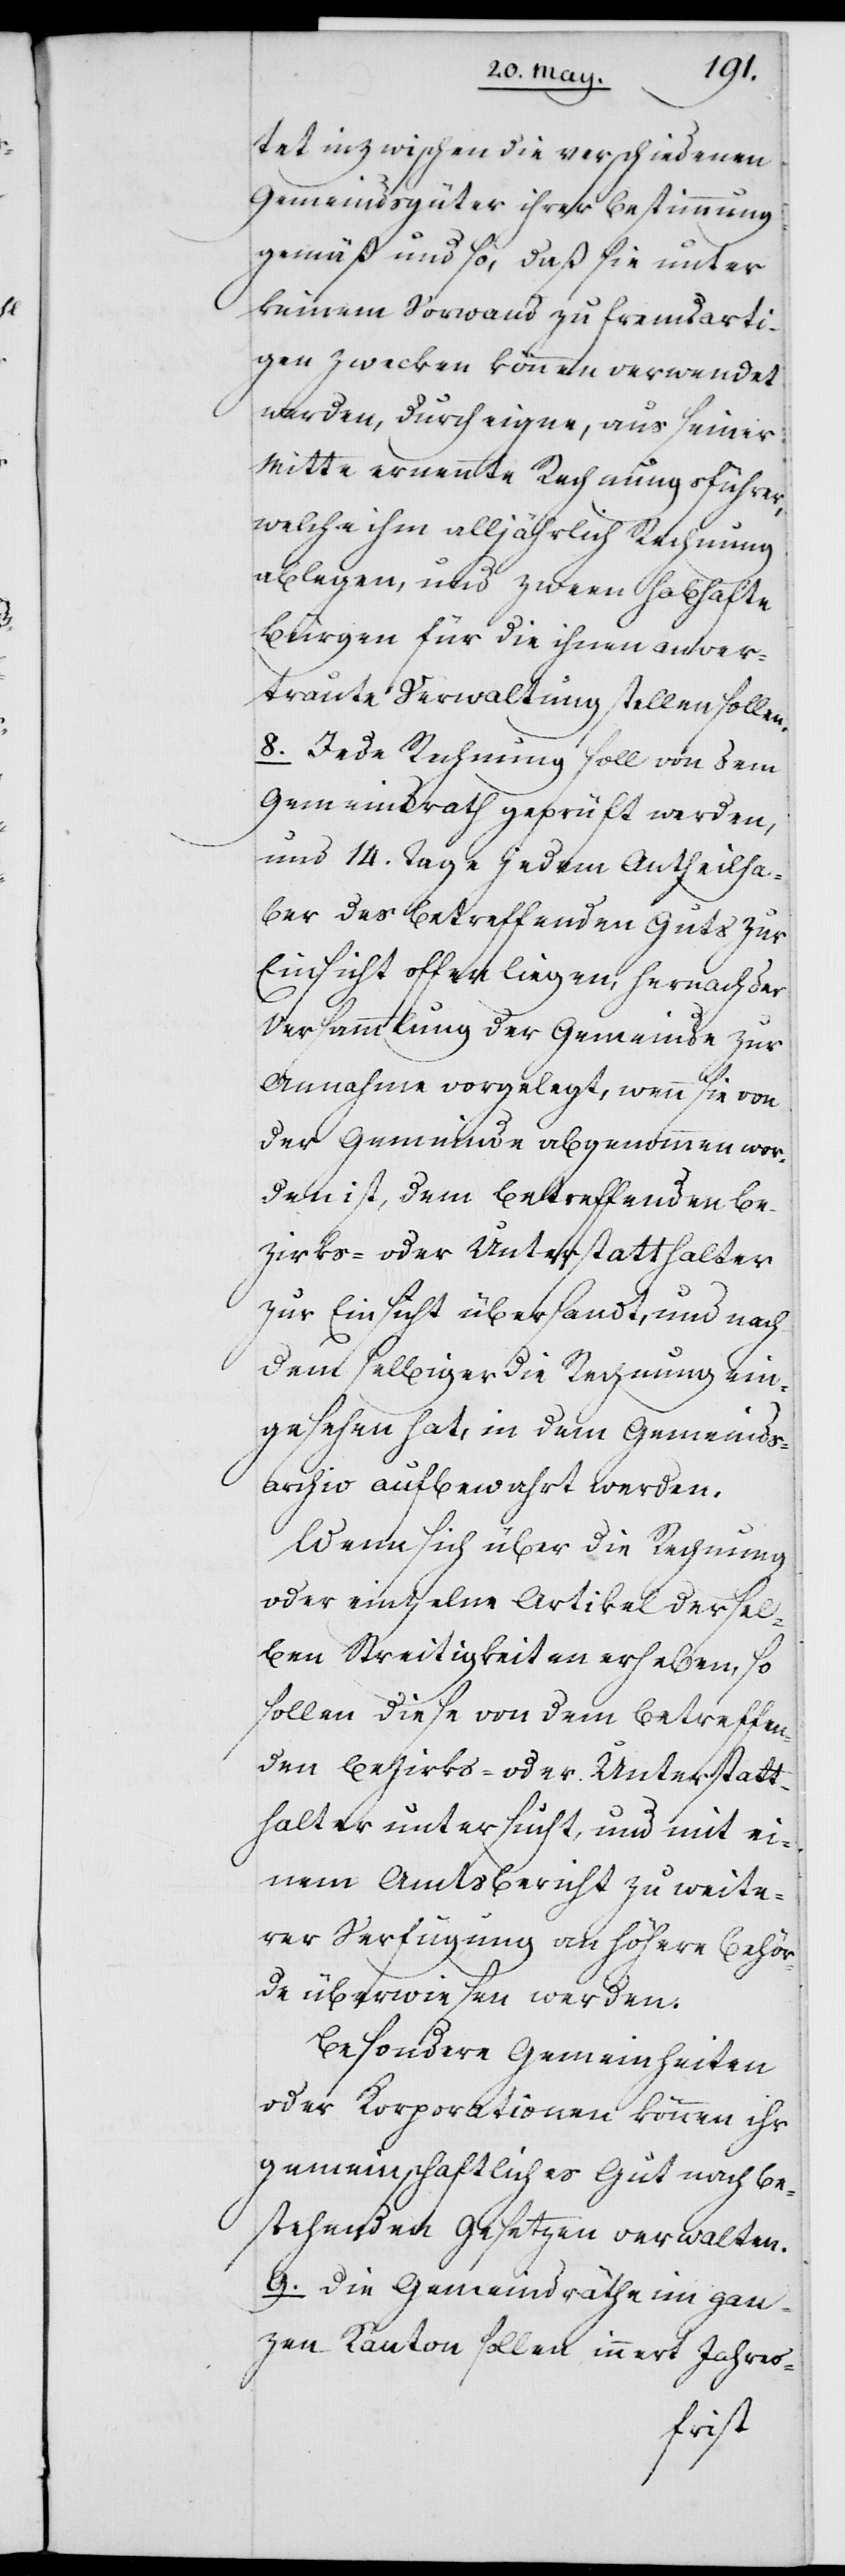
tet inzwischen die verschiedenen
Gemeindsgüter ihrer Bestimmung
gemäß und so, daß sie unter
keinem Vorwand zu fremdarti¬
gen Zwecken können verwendet
werden, durch eigne, aus seiner
Mitte ernennte Rechnungsführer,
welche ihm alljährlich Rechnung
ablegen und zween habhafte
Bürgen für die ihnen anver¬
traute Verwaltung stellen sollen.
8. Jede Rechnung soll von dem
Gemeindrat geprüft werden,
und 14. Tage jedem Antheilha¬
ber des betreffenden Guts zur
Einsicht offen liegen, hernach der
Versammlung der Gemeinde zur
Anahme vorgelegt, wenn sie von
der Gemeinde abgenommen wor¬
den ist, dem betreffenden Be¬
zirks- oder Unterstatthalter
zur Einsicht übersandt, und nach¬
dem selbiger die Rechnung ein¬
gesehen hat, in dem Gemeinds¬
archiv aufbewahrt werden.
Wenn sich über die Rechnung
oder einzelne Artikel dersel¬
ben Streitigkeiten erheben, so
sollen diese von dem betreffen¬
den Bezirks- oder Unterstatt¬
halter untersucht und mit ei¬
nem Amtsbericht zu weite¬
rer Verfügung an höhere Behör¬
de überwiesen werden.
Besondere Gemeinheiten
oder Korporationen können ihr
gemeinschaftliches Gut nach be¬
stehenden Gesetzen verwalten.
9. Die Gemeindräthe im gan¬
zen Kanton sollen innert Jahres-